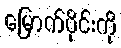
မြောက်ပိုင်းကို